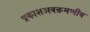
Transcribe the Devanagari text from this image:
प्रकाशअवक्रमणीय